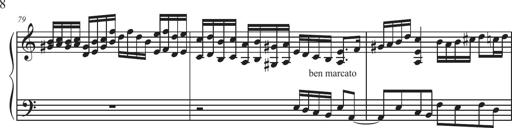
Title: Sonatina Espania
Composer: Jerald Franklin Archer
Key: Various